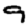
Digit: 9